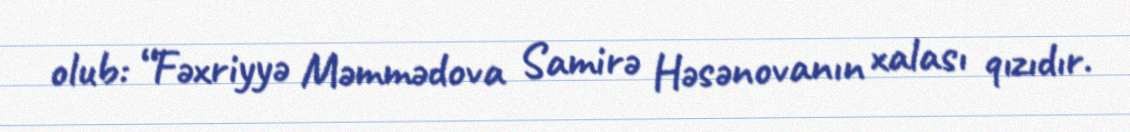
olub: “Fəxriyyə Məmmədova Samirə Həsənovanın xalası qızıdır.